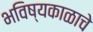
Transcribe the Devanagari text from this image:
भविष्यकाळाचे